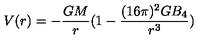
V ( r ) = - { \frac { G M } { r } } ( 1 - { \frac { ( 1 6 \pi ) ^ { 2 } G B _ { 4 } } { r ^ { 3 } } } )